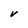
Character: V